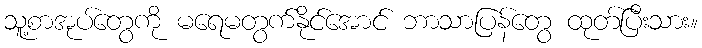
သူ့စာအုပ်တွေကို မရေမတွက်နိုင်အောင် ဘာသာပြန်တွေ ထုတ်ပြီးသား။